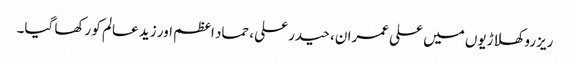
ریزرو کھلاڑیوں میں علی عمران، حیدر علی، حماد اعظم اور زید عالم کو رکھا گیا۔